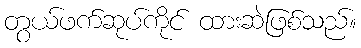
တွယ်ဖက်ဆုပ်ကိုင် ထားဆဲဖြစ်သည်။